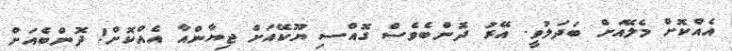
އެއްކޮށް މެލޭއަށް ބަދަލުވީ. އޭރު ދޮންބެވެސް ގޮއްސި ޔޫކޭއަށް ޖިޔާންއާ އެއްކޮށް! ދޮންބެއަށް